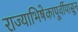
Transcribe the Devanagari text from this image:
राज्याभिषेकापूर्वीपासून